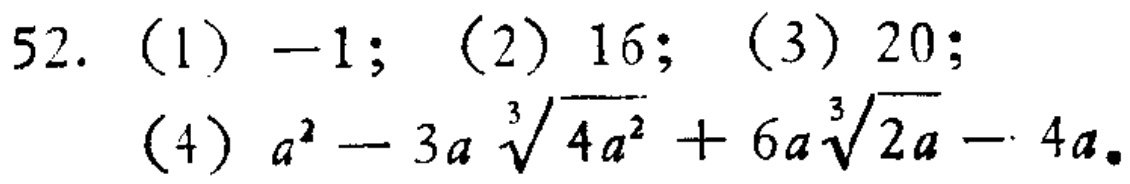
52. (1) \(-1\); (2) \(16\); (3) \(20\);

(4) \(a^{2}-3a\sqrt[3]{4a^{2}} + 6a\sqrt[3]{2a}-4a\)